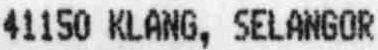
41150 KLANG, SELANGOR